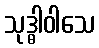
သုဒ္ဓါဝါသေ